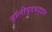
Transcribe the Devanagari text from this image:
हॉलीवूडबद्दल